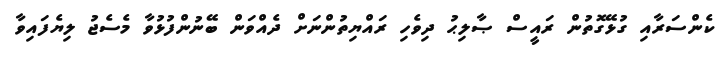
ކެންސަރާއި ގުޅޭގޮތުން ރައީސް ޞާލިޙު ދިވެހި ރައްޔިތުންނަށް ދެއްވަން ބޭނުންފުޅުވާ މެސެޖު ލިޔެފައިވާ